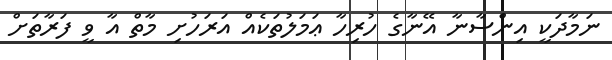
ނަމާދަކީ އިންސާނާ އޭނާގެ ހުރިހާ ޢަމަލުތަކެއް އަރަހުށި މާތް އާ ވީ ފަރާތަށް